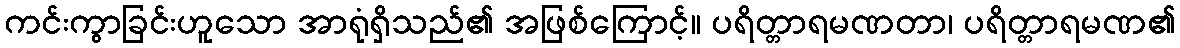
ကင်းကွာခြင်းဟူသော အာရုံရှိသည်၏ အဖြစ်ကြောင့်။ ပရိတ္တာရမဏတာ၊ ပရိတ္တာရမဏ၏